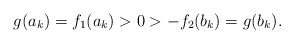
\begin{align*} g(a_k)=f_1(a_k) >0 > -f_2(b_k) = g(b_k). \end{align*}